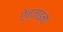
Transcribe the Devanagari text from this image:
ऐन्‌जाइना